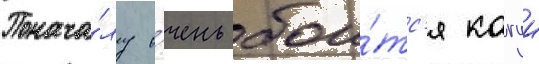
Понача́лу о́чень бои́тс'я кагуи